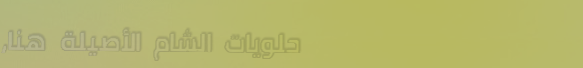
حلويات الشام الأصيلة هنا،